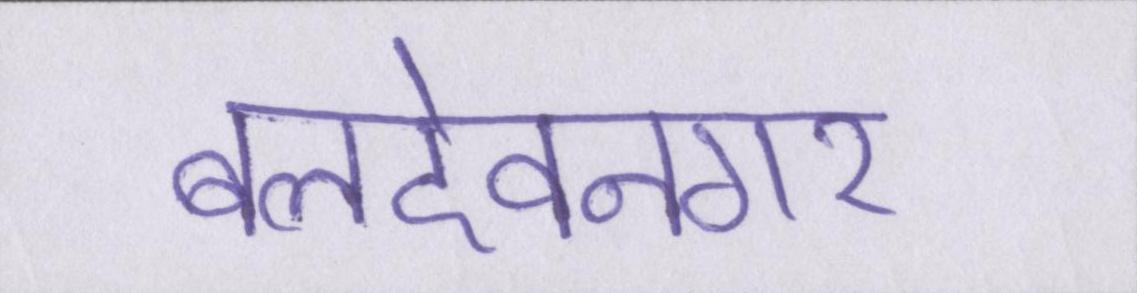
बलदेवनगर